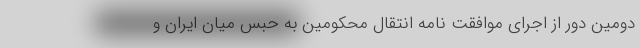
دومین دور از اجرای موافقت نامه انتقال محکومین به حبس میان ایران و